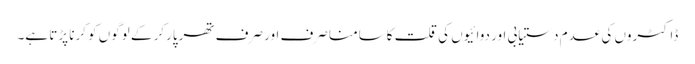
ڈاکٹروں کی عدم دستیابی اور دوائیوں کی قلت کاسامنا صرف اور صرف تھرپارکر کے لوگوں کو کرنا پڑتا ہے۔